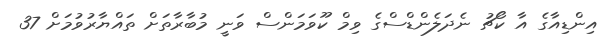
އިންޑިއާގެ އާ ކޯޗު ނެދަލެންޑްސްގެ ވިމް ކޫވަމަންސް ވަނީ މުބާރާތަށް ތައްޔާރުވުމަށް 37